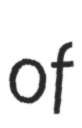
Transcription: of